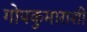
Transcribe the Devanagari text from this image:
गोपकुमाराशी